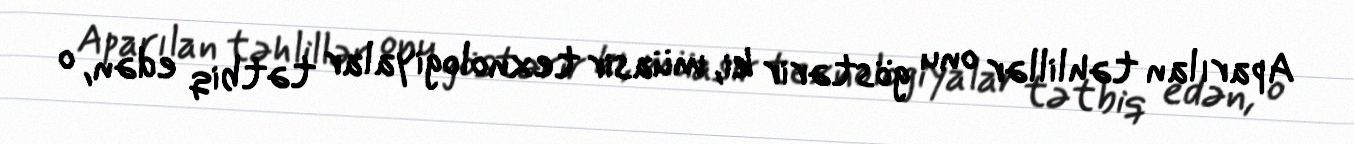
Aparılan təhlillər onu göstərir ki, müasir texnologiyalar tətbiq edən, o